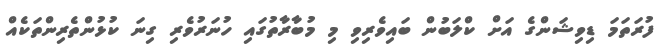
ފުރަތަމަ ޑިވިޝަންގެ އަށް ކްލަބުން ބައިވެރިވި މި މުބާރާތުގައި ހުނަރުވެރި ގިނަ ކުޅުންތެރިންތަކެއް